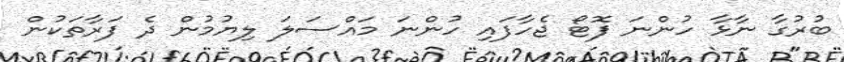
ބުރުގާ ނާޅާ ހުންނަ ފޮޓޯ ޖެހާފައި ހުންނަ މައްސަލަ ލިޔުމުން ދެ ފަރާތަކުން